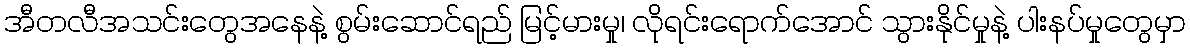
အီတလီအသင်းတွေအနေနဲ့ စွမ်းဆောင်ရည် မြင့်မားမှု၊ လိုရင်းရောက်အောင် သွားနိုင်မှုနဲ့ ပါးနပ်မှုတွေမှာ